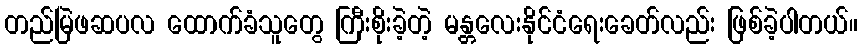
တည်မြဲဖဆပလ ထောက်ခံသူတွေ ကြီးစိုးခဲ့တဲ့ မန္တလေးနိုင်ငံရေးခေတ်လည်း ဖြစ်ခဲ့ပါတယ်။